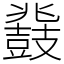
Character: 鼗